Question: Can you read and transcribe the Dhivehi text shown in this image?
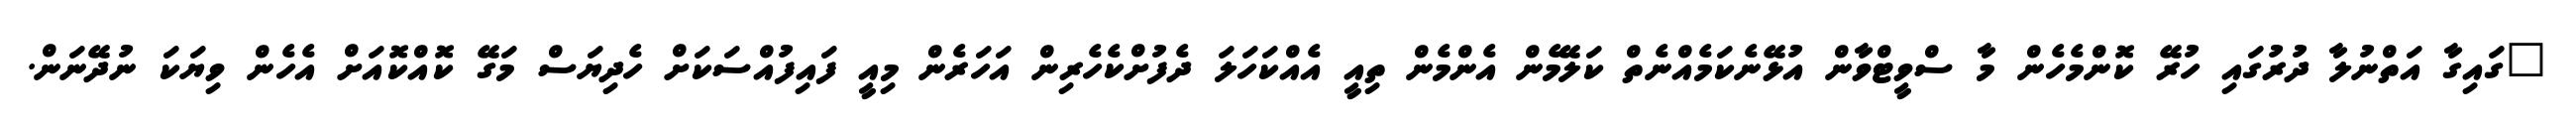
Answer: "ގައިގާ އަތްނުލާ ދުރުގައި ހުރޭ ކޮންމެހެން މާ ސްވީޓްވާން އުޅޭނެކަމެއްނެތް ކަލޭމެން އެންމެން ތިއީ އެއްކަހަލަ ދެފުށްކެހެރިން އަހަރެން މިއީ ފައިފުއްސަކަށް ހެދިޔަސް މަގޭ ކޮއްކޮއަށް އެހެން ވިޔަކަ ނުދޭނަން.